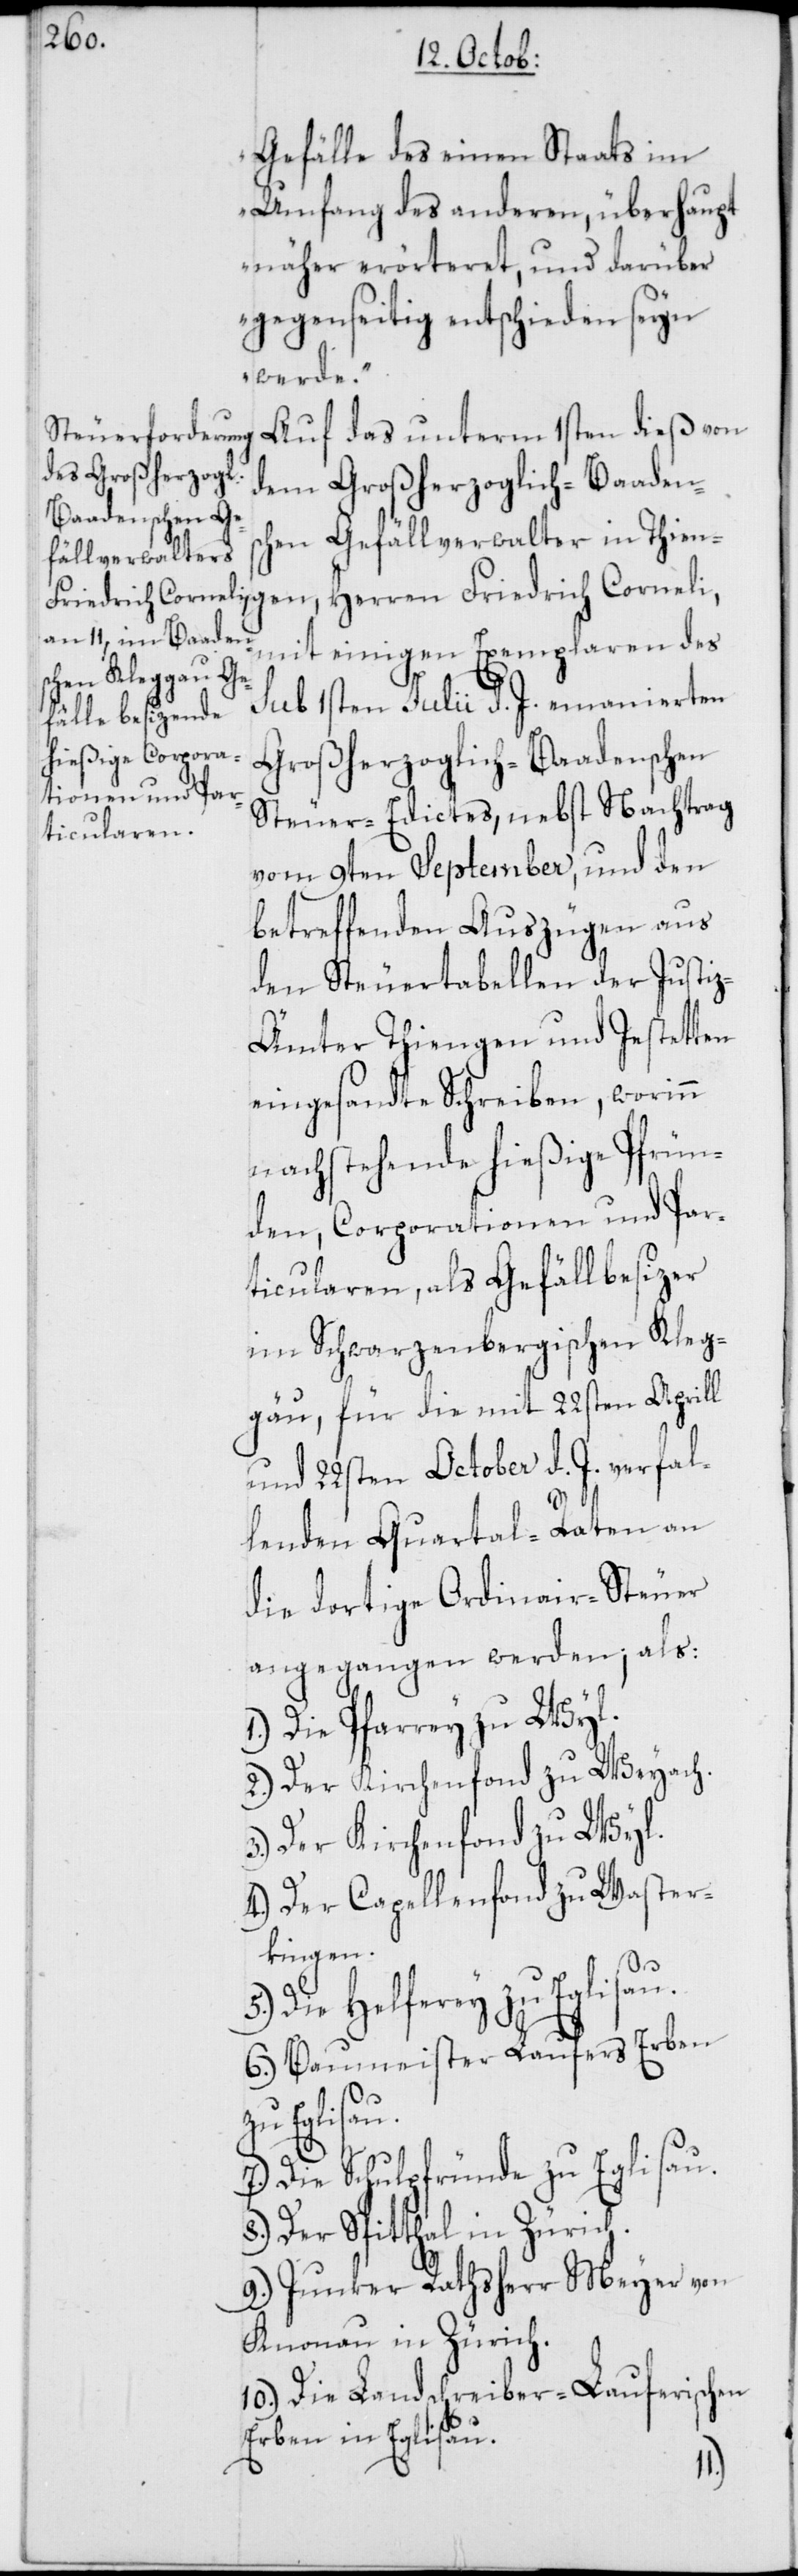
Gefälle des einen Staats im
Umfang des anderen, überhaupt
näher erörteret, und darüber
gegenseitig entschieden seyn
werde.“
Auf das unterm 1sten dieß von
dem Großherzoglich-Baadens¬
chen Gefällverwalter in Thien¬
mit einigen Exemplaren des
sub 1sten Julii d. J. emanierten
Großherzoglich-Baadenschen
Steuer-Edictes, nebst Nachtrag
vom 9ten September, und den
betreffenden Auszügen aus
den Steuertabellen der Justi¬
z-Ämter Thiengen und Jestetten
eingesandte Schreiben, worinn
nachstehende hießige Pfrün¬
den, Corporationen und Par¬
ticularen, als Gefällbesizer
im Schwarzenbergischen Kleg¬
gau, für die mit 22sten Aprill
und 22sten October d. J. verfal¬
lenden Quartal-Daten an
die dortige Ordinair-Steuer
angegangen werden, als:
1.) Die Pfarrey zu Wyl.
2.) Der Kirchenfond zu Weyach.
Der Kirchenfonds zu Wyl.
4.) Der Capellenfond zu Waster¬
kingen.
Die Helferey zu Eglisau.
6.) Baumeister Laufers Erben
Eglisau.
7.) Die Schulpfründe zu Eglisau.
8.) Der Spitthal in Zürich.
9.) Junker Rathsherr Meyer von
Knonau in Zürich.
10.) Die Landschreiber-Lauferischen
Erben in Eglisau.
gen,